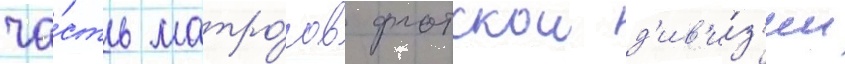
ча́сть матро́сов флотскои д'ив'и́з'ии